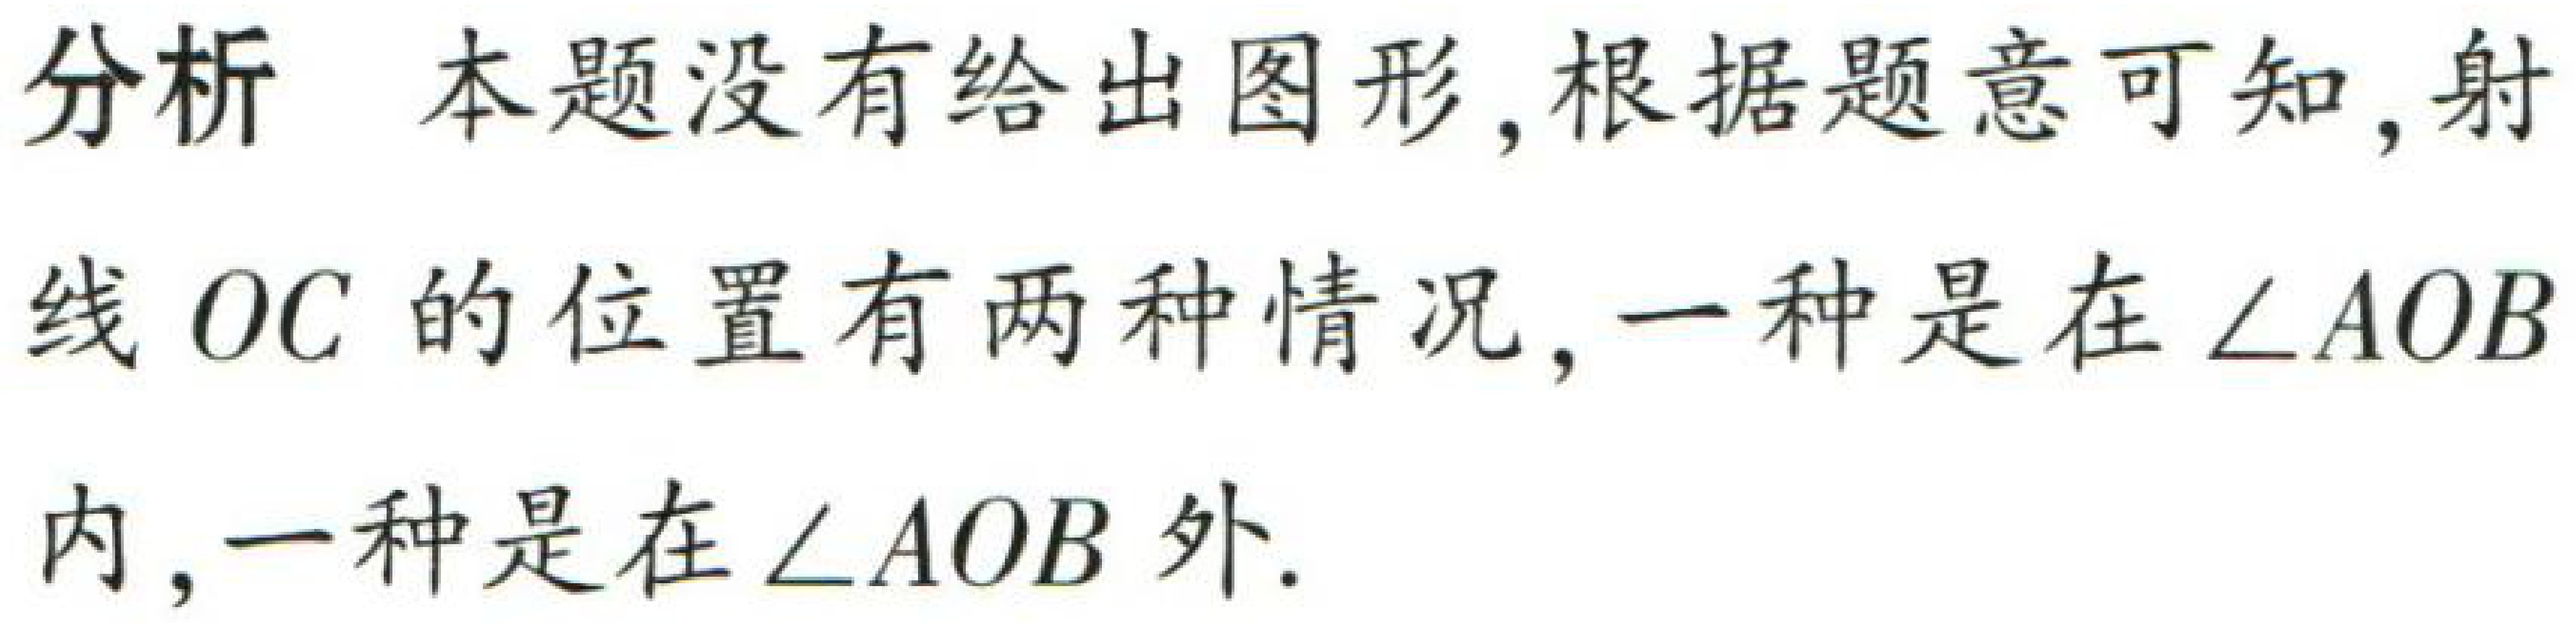
分析 本题没有给出图形, 根据题意可知, 射线 \(OC\) 的位置有两种情况, 一种是在 \(\angle AOB\) 内, 一种是在 \(\angle AOB\) 外.